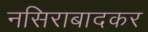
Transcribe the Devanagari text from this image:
नसिराबादकर